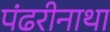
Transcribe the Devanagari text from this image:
पंढरीनाथा